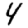
Digit: 4